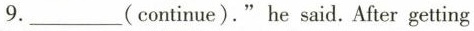
9.___(continue)."he said.After getting